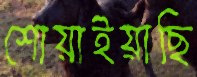
শোয়াইয়াছি